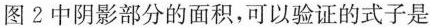
图2中阴影部分的面积，可以验证的式子是